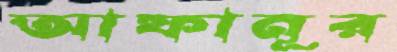
আফানূর